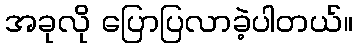
အခုလို ပြောပြလာခဲ့ပါတယ်။